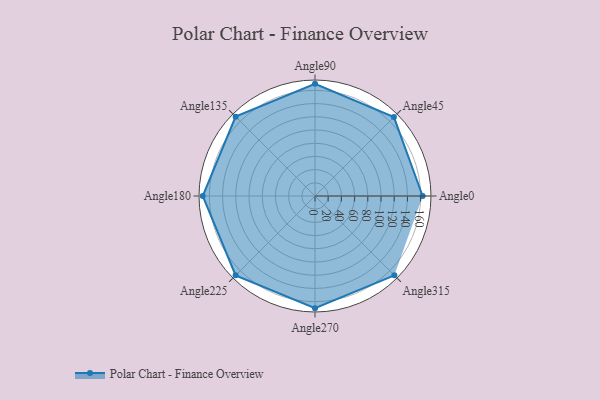
{"axis": {"x": "Angle", "y": "Radius"}, "legend": [""], "data": [{"x": "Angle0", "y": 163.0, "type": ""}, {"x": "Angle45", "y": 169.0, "type": ""}, {"x": "Angle90", "y": 170, "type": ""}, {"x": "Angle135", "y": 170, "type": ""}, {"x": "Angle180", "y": 170, "type": ""}, {"x": "Angle225", "y": 170, "type": ""}, {"x": "Angle270", "y": 170, "type": ""}, {"x": "Angle315", "y": 170, "type": ""}]}